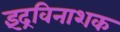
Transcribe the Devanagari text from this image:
इंद्रविनाशक